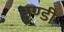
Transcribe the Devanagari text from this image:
ठुण्डी